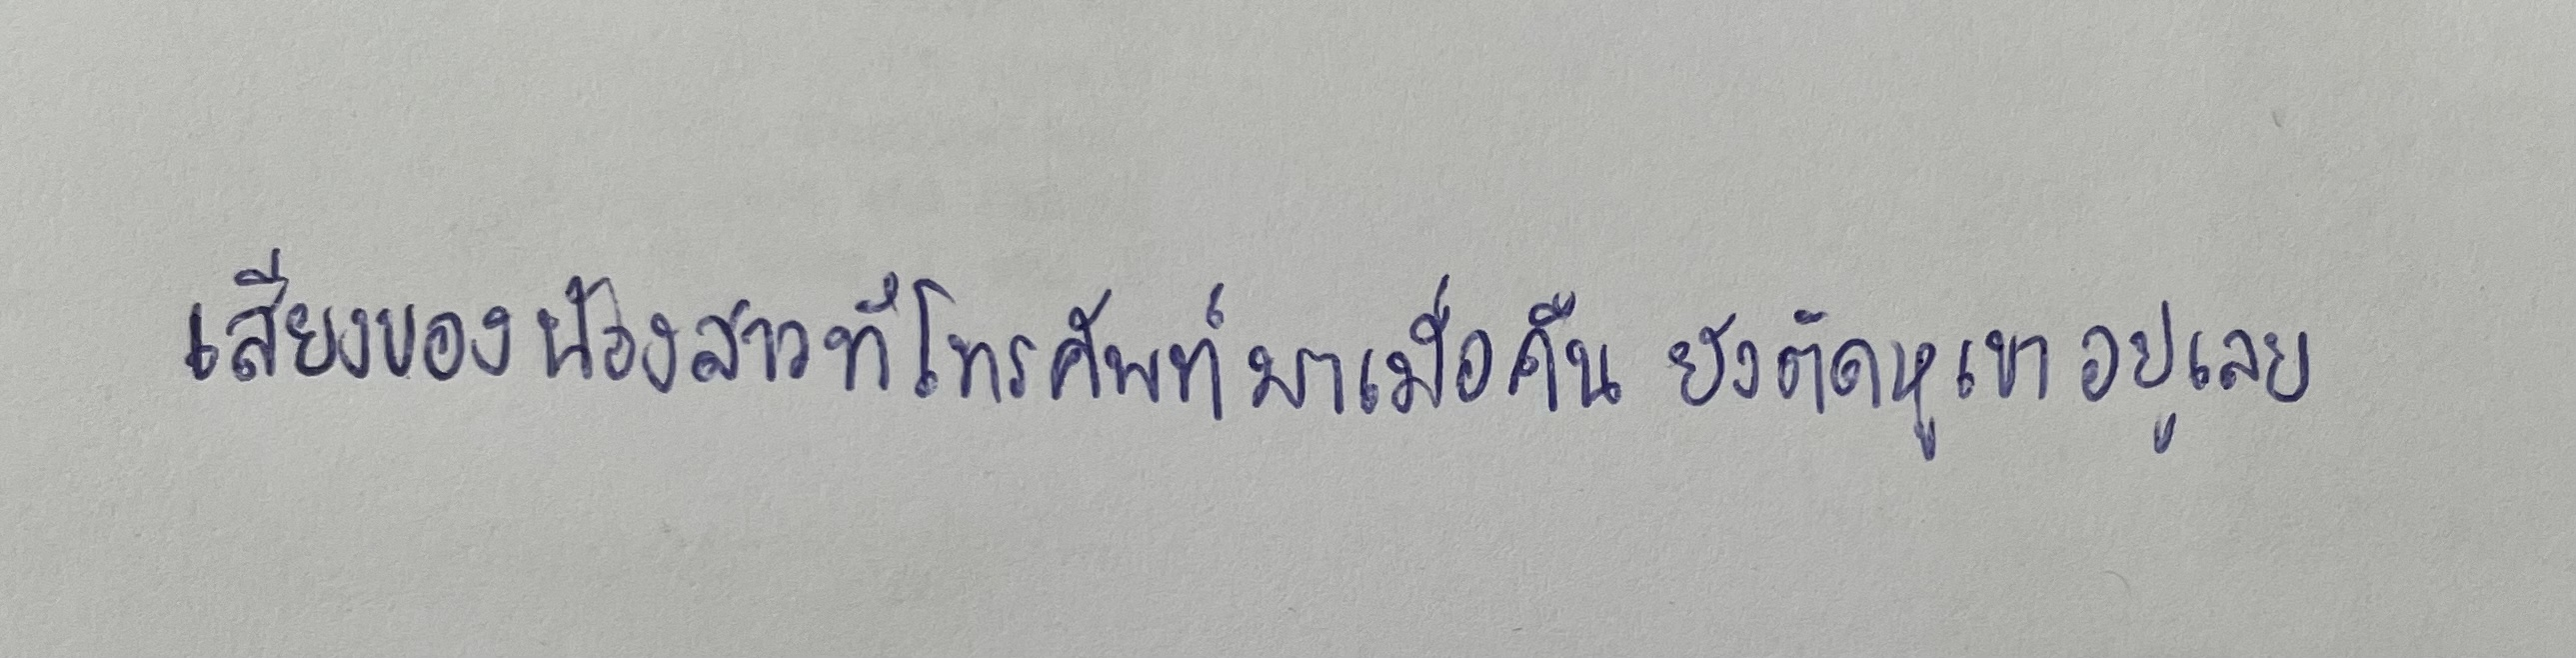
เสียงของน้องสาวที่โทรศัพท์มาเมื่อคืนยังติดหูเขาอยู่เลย